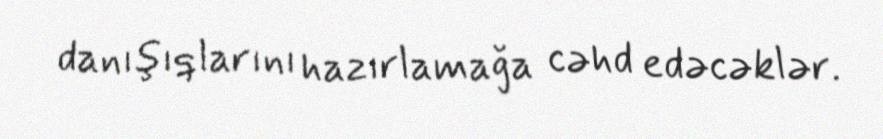
danışıqlarını hazırlamağa cəhd edəcəklər.